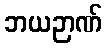
ဘယဉာဏ်